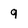
Character: 9